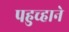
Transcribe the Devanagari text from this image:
पहुच्हाने